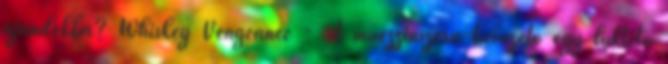
ajándékba? Whiskey Vengeance - A müezzinszerű bevezető egy lüktető